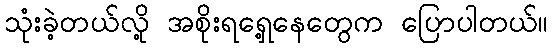
သုံးခဲ့တယ်လို့ အစိုးရရှေ့နေတွေက ပြောပါတယ်။